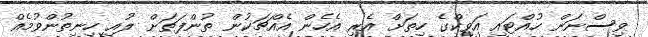
ވިސްނަން ހުއްޓައި އަވިކްގެ ހިތަށް އެރި އެހެން އެއްޗަކުން ތުންފަތަށް ލުއި ހިނިތުންވުމެއް